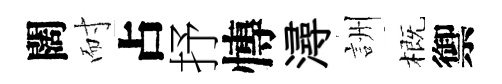
闊耐占抒慱潯詶概禦